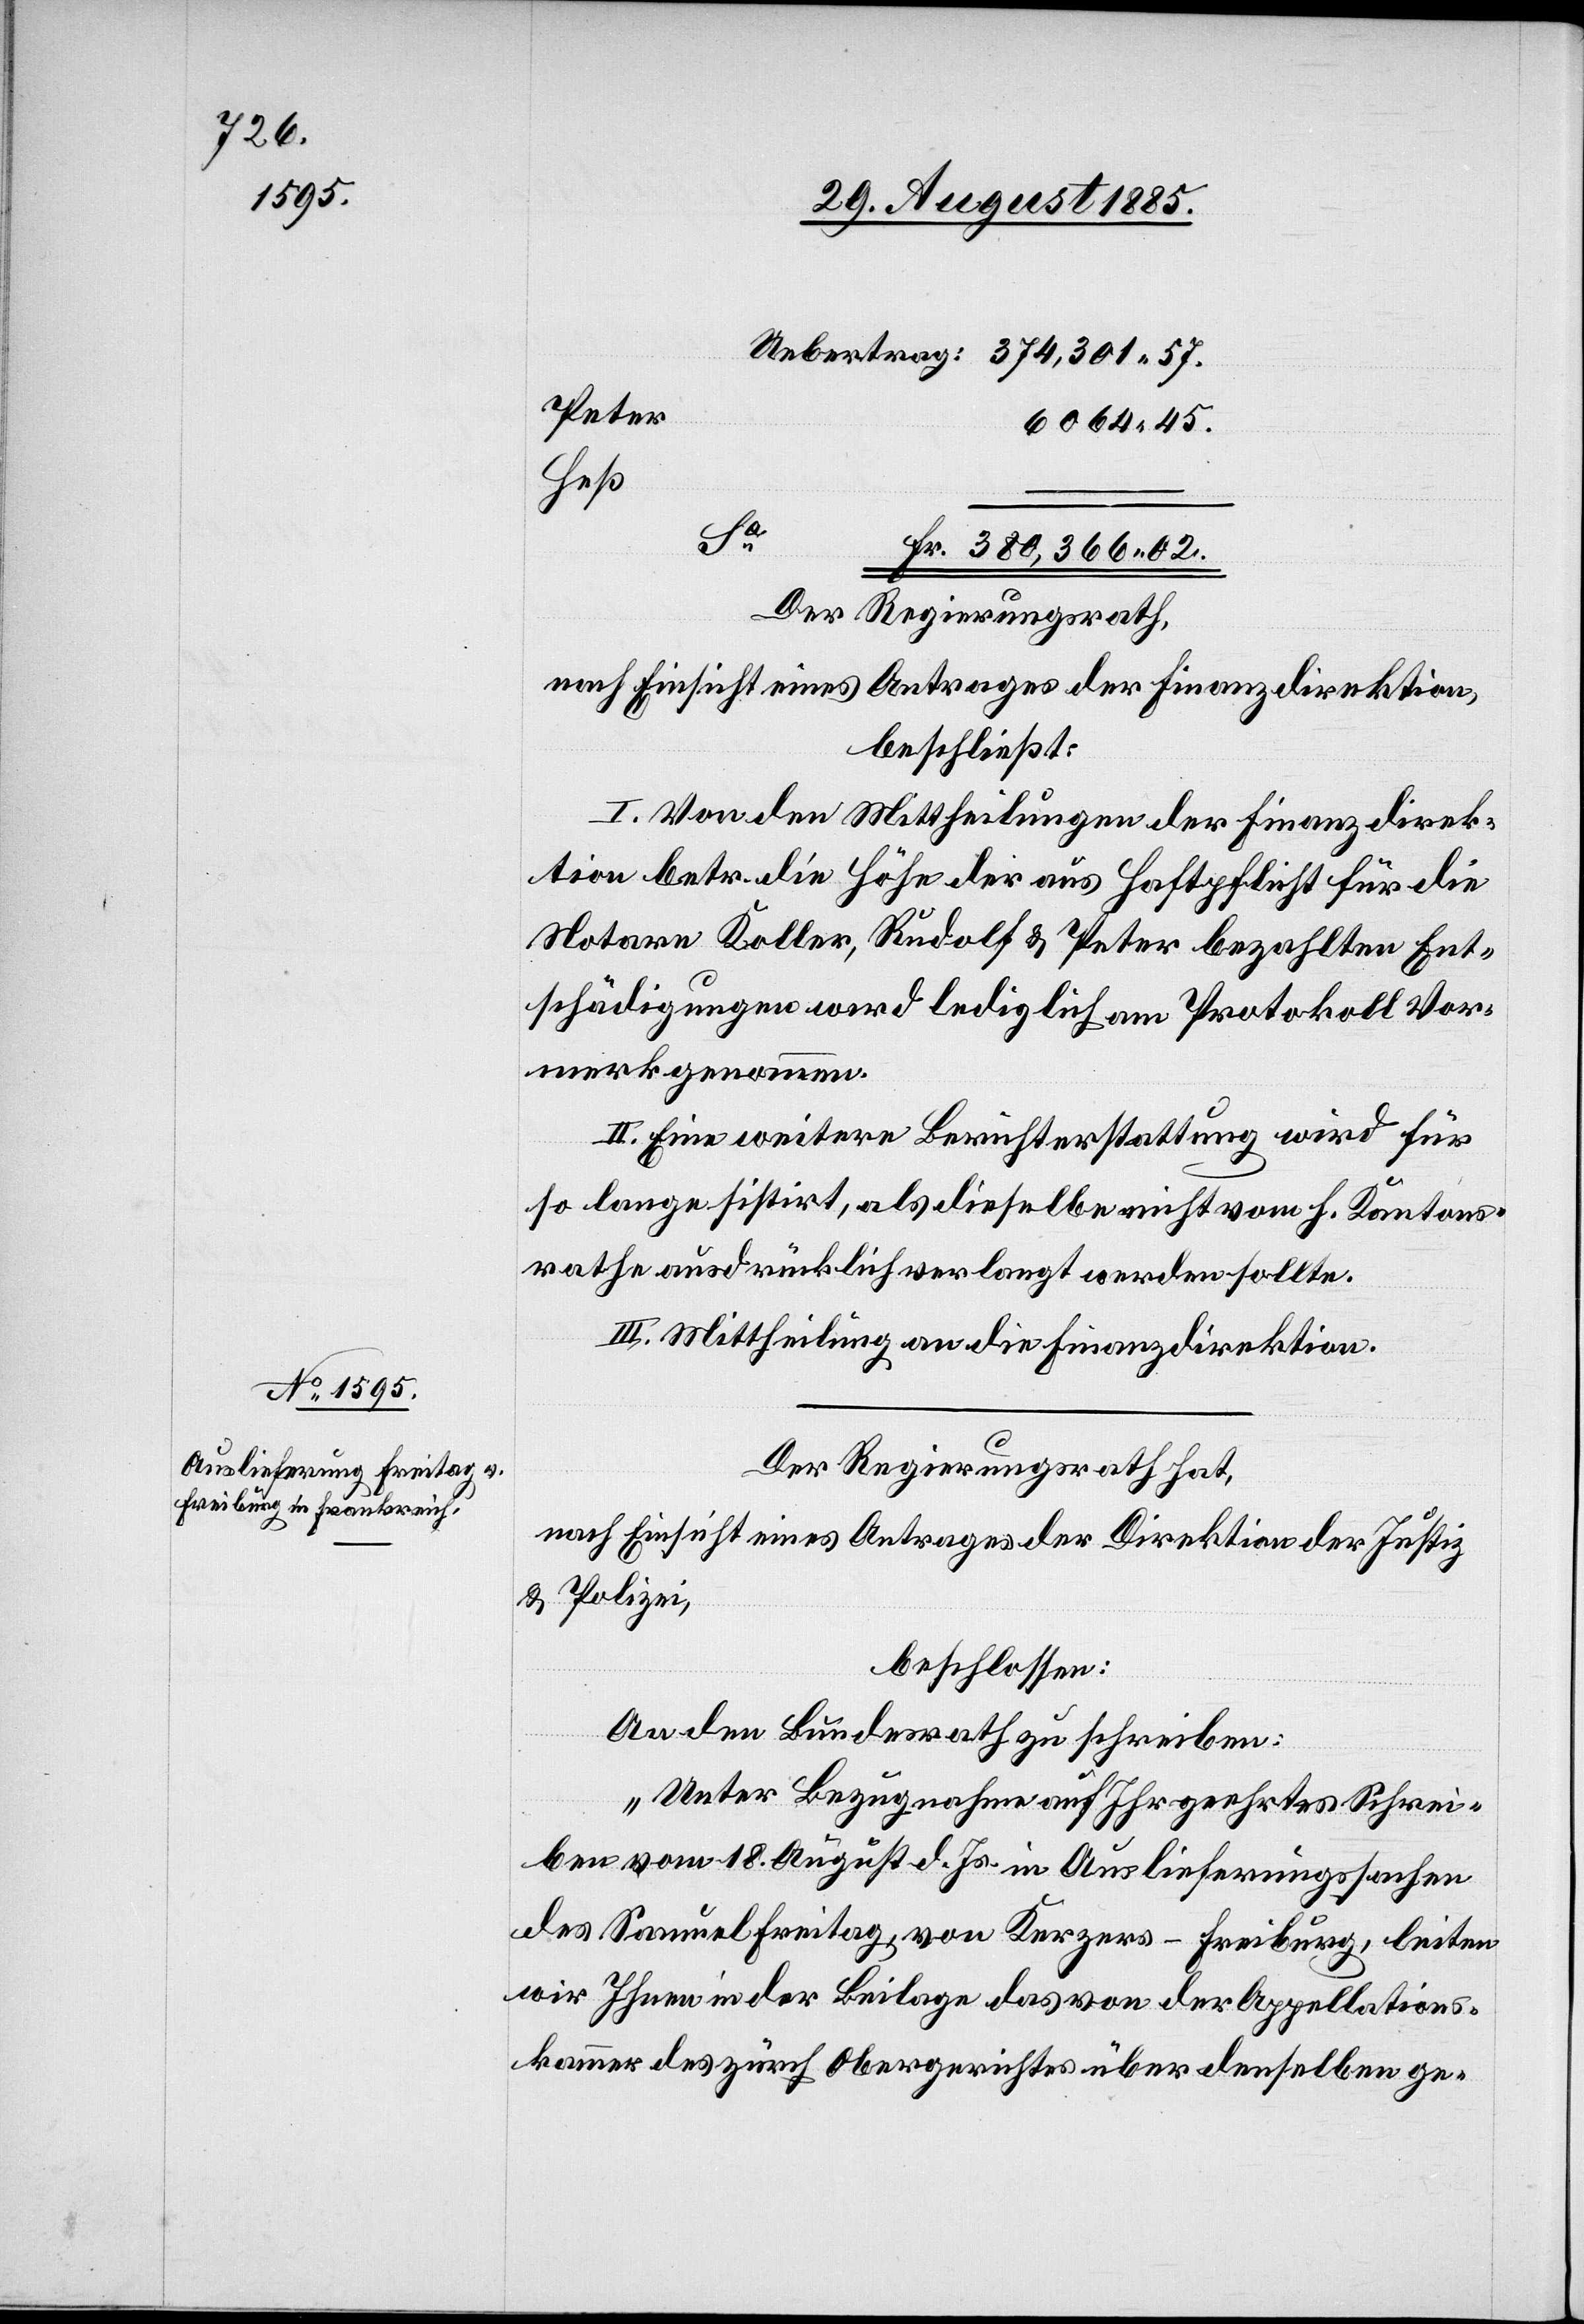
Peter
6064 45.
Heß
Sa
Fr. 380,366 02.
Der Regierungsrath,
nach Einsicht eines Antrages der Finanzdirektion,
beschließt:
I. Von den Mittheilungen der Finanzdirek¬
tion betr. die Höhe der aus Haftpflicht für die
Notare Koller, Rudolf & Peter bezahlten Ent¬
schädigungen wird lediglich am Protokoll Vor¬
merk genommen.
II. Eine weitere Berichterstattung wird für
so lange sistirt, als dieselbe nicht vom h. Kantons¬
rathe ausdrücklich verlangt werden sollte.
III. Mittheilung an die Finanzdirektion.
Der Regierungsrath hat,
nach Einsicht eines Antrages der Direktion der Justiz
& Polizei,
beschlossen:
An den Bundesrath zu schreiben:
„Unter Bezugnahme auf Ihr geehrtes Schrei¬
ben vom 18. August d. Js. in Auslieferungssachen
des Samuel Freitag, von Kerzers - Freiburg, leiten
wir Ihnen in der Beilage das von der Appellations¬
kammer des zürch. Obergerichtes über denselben ge-